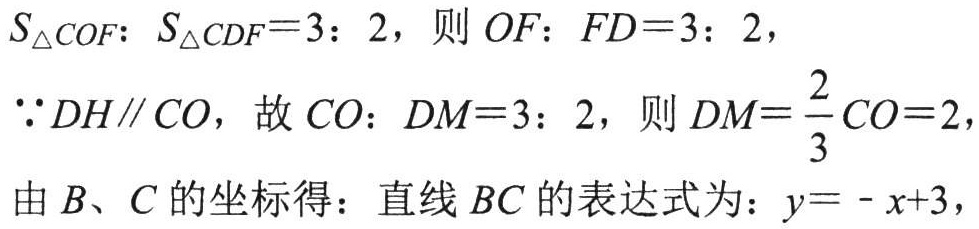
\(S_{\triangle COF}:S_{\triangle CDF}=3:2\)，则 \(OF:FD = 3:2\)，
\(\because DH\parallel CO\)，故 \(CO:DM = 3:2\)，则 \(DM=\frac{2}{3}CO = 2\)，
由 \(B\)、\(C\) 的坐标得：直线 \(BC\) 的表达式为：\(y=-x + 3\)，